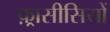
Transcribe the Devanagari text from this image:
फ़्रासीसियों